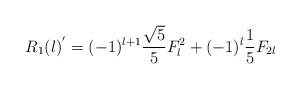
\begin{align*}R_{1}(l)^{'}=(-1)^{l+1}\frac{\sqrt{5}} {5} F_{l}^{2}+(-1)^{l}\frac{1}{5}F_{2l}\end{align*}